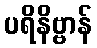
ပရိနိဗ္ဗာန်